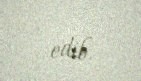
edib.